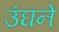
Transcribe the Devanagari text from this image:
उंघने